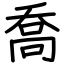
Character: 喬